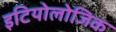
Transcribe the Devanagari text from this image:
इटियोलोजिक